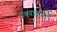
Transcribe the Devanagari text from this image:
प्रकाशामुळे